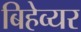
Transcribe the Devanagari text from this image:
बिहेव्यर